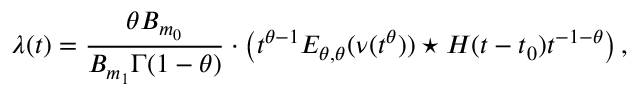
\lambda ( t ) = \frac { \theta B _ { m _ { 0 } } } { B _ { m _ { 1 } } \Gamma ( 1 - \theta ) } \cdot \left( t ^ { \theta - 1 } E _ { \theta , \theta } ( \nu ( t ^ { \theta } ) ) \star H ( t - t _ { 0 } ) t ^ { - 1 - \theta } \right) ,